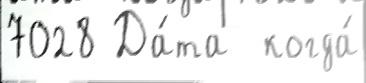
7028 Да́та  когда́